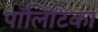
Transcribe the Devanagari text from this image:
पॉलिटिका